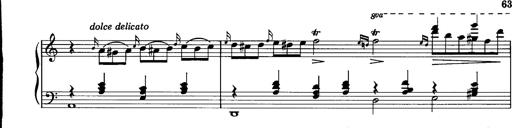
Title: La romanesca
Composer: Franz Liszt